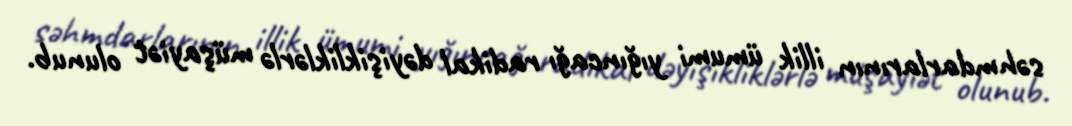
səhmdarlarının illik ümumi yığıncağı radikal dəyişikliklərlə müşayiət olunub.